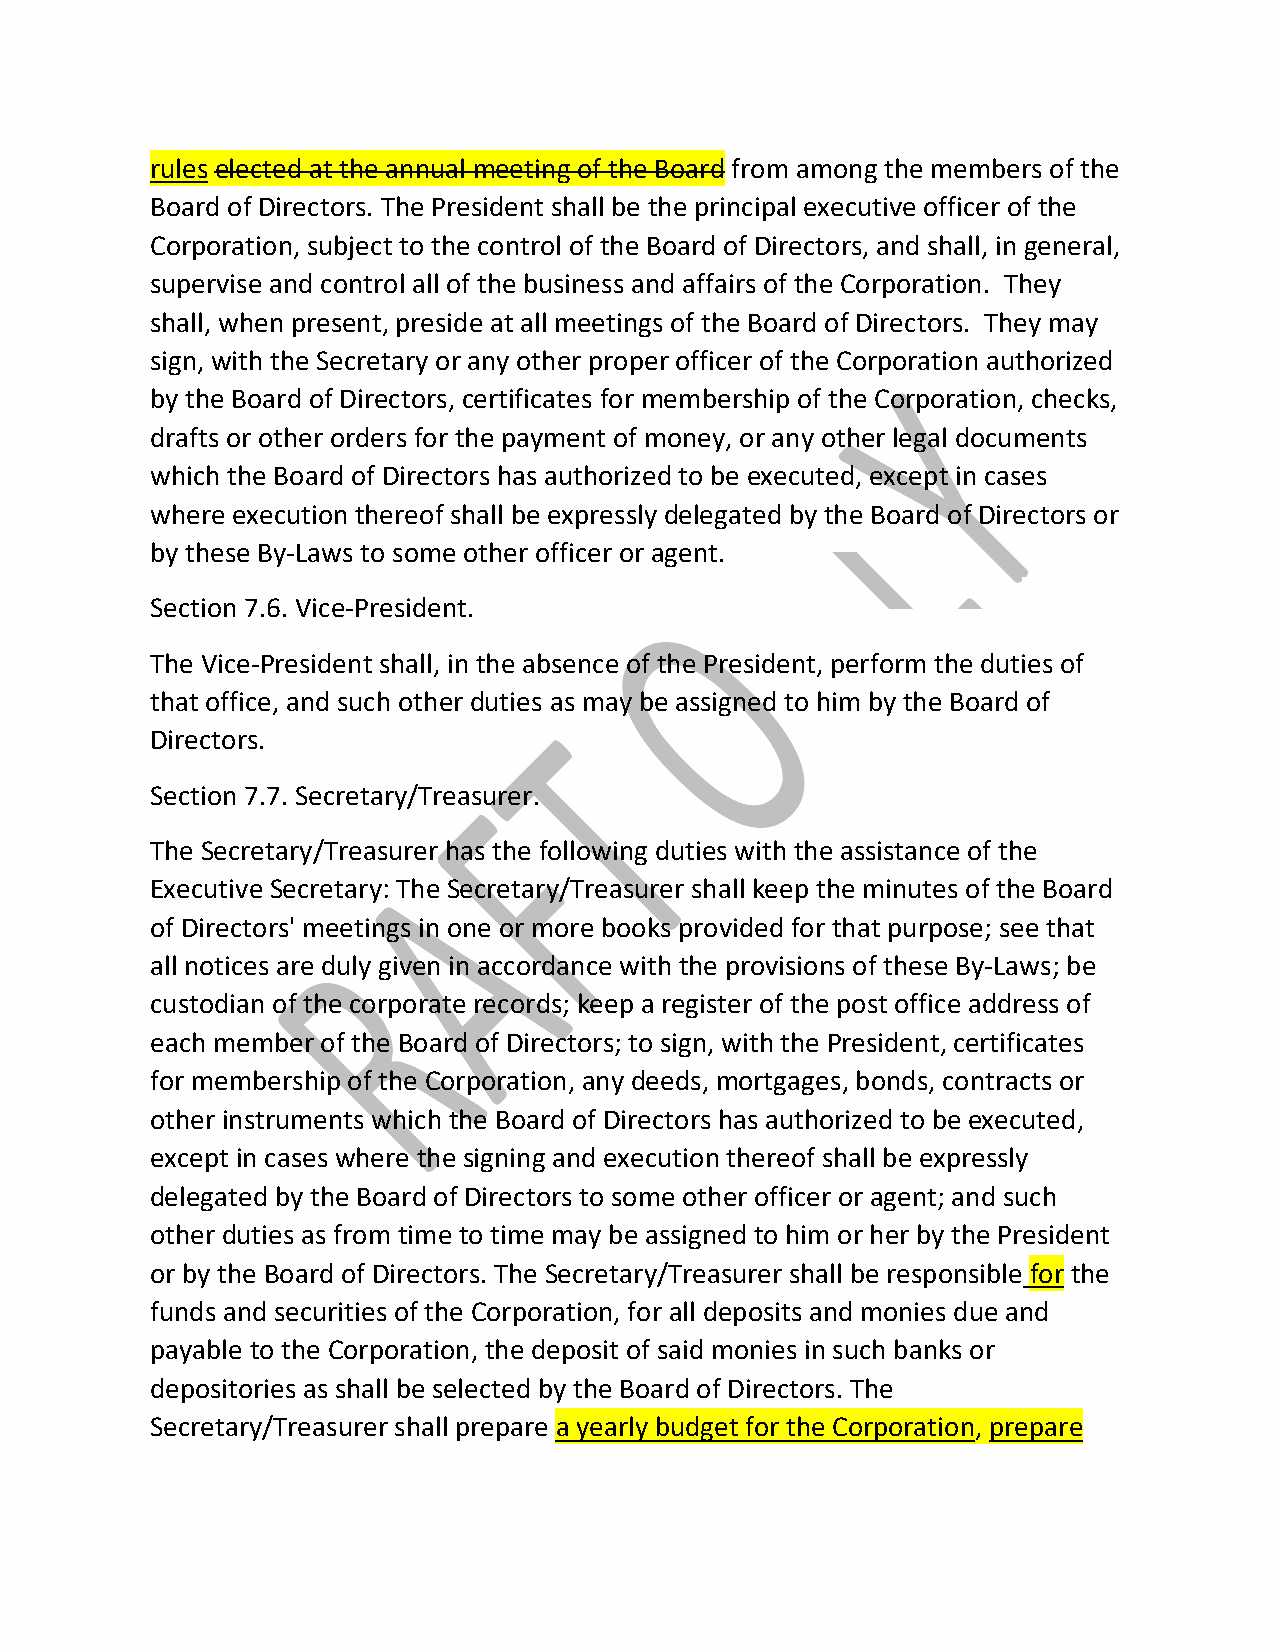
rules elected at the annual meeting of the Board from among the members of the
 Board of Directors. The President shall be the principal executive officer of the
 Corporation, subject to the control of the Board of Directors, and shall, in general,
 supervise and control all of the business and affairs of the Corporation. They
 shall, when present, preside at all meetings of the Board of Directors. They may
 sign, with the Secretary or any other proper officer of the Corporation authorized
 by the Board of Directors, certificates for membership of the Corporation, checks,
 drafts or other orders for the payment of money, or any other legal documents
 which the Board of Directors has authorized to be executed, except in cases
 where execution thereof shall be expressly delegated by the Board of Directors or
 by these By‐Laws to some other officer or agent.
 Section 7.6. Vice‐President.
 The Vice‐President shall, in the absence of the President, perform the duties of
 that office, and such other duties as may be assigned to him by the Board of
 Directors.
 Section 7.7. Secretary/Treasurer.
 The Secretary/Treasurer has the following duties with the assistance of the
 Executive Secretary: The Secretary/Treasurer shall keep the minutes of the Board
 of Directors' meetings in one or more books provided for that purpose; see that
 all notices are duly given in accordance with the provisions of these By‐Laws; be
 custodian of the corporate records; keep a register of the post office address of
 each member of the Board of Directors; to sign, with the President, certificates
 for membership of the Corporation, any deeds, mortgages, bonds, contracts or
 other instruments which the Board of Directors has authorized to be executed,
 except in cases where the signing and execution thereof shall be expressly
 delegated by the Board of Directors to some other officer or agent; and such
 other duties as from time to time may be assigned to him or her by the President
 or by the Board of Directors. The Secretary/Treasurer shall be responsible for the
 funds and securities of the Corporation, for all deposits and monies due and
 payable to the Corporation, the deposit of said monies in such banks or
 depositories as shall be selected by the Board of Directors. The
 Secretary/Treasurer shall prepare a yearly budget for the Corporation, prepare